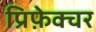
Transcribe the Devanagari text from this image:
प्रिफ़ेक्चर